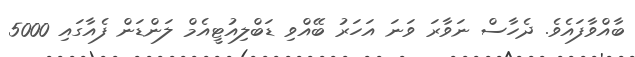
ބާއްވާފައެވެ. ދެހާސް ނަވާރަ ވަނަ އަހަރު ބޭއްވި ޑަބްލިއުޓީއެމް ލަންޑަން ފެއާގައި 5000